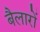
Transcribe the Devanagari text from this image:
बैलारों